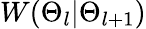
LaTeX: W(\Theta_{l}|\Theta_{l+1})